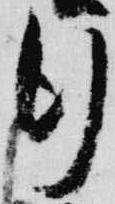
行